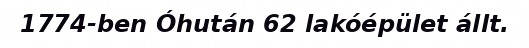
1774-ben Óhután 62 lakóépület állt.